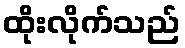
ထိုးလိုက်သည်